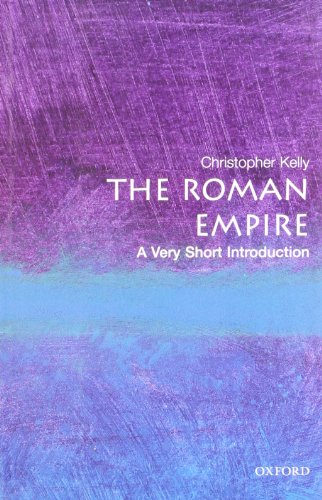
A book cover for The Roman Empire: A Very Short Introduction; Christopher Kelly; History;